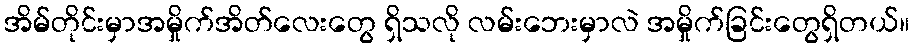
အိမ်တိုင်းမှာအမှိုက်အိတ်လေးတွေ ရှိသလို လမ်းဘေးမှာလဲ အမှိုက်ခြင်းတွေရှိတယ်။